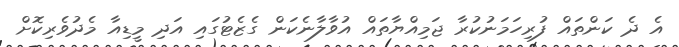
އެ ދެ ކަންތައް ފުރިހަމަނުކުރާ ޖަމިއްޔާތައް އުވާލާނެކަން ގެޒެޓުގައި އަދި މީޑިއާ މެދުވެރިކޮށް